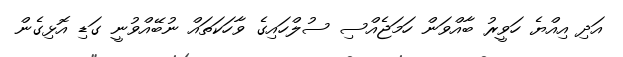
އަދި އިއްޔެ ހަވީރު ބާއްވަން ހަމަޖެއްސި ސުލްހައިގެ ވާހަކަތައް ނުބޭއްވުނީ ގަޑި އޮޅިގެން